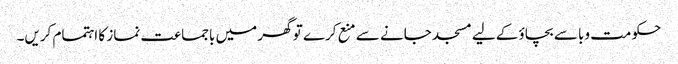
حکومت وبا سے بچاؤ کےلیے مسجد جانے سے منع کرے تو گھر میں باجماعت نماز کا اہتمام کریں۔